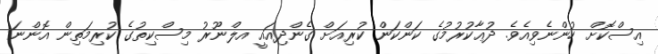
އިސްކޮށް ހުންނެވިއެވެ. ދުޢާކުރުމުގެ ކަންކަން ކުރިއަށް ގެންދިއައީ އލްނޫރު މިސްކިތުގެ ކުރިމަތިން އޮންނަ